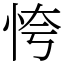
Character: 恗